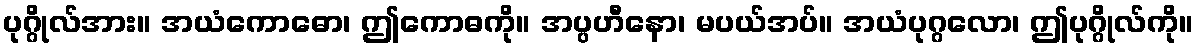
ပုဂ္ဂိုလ်အား။ အယံကောဓော၊ ဤကောဓကို။ အပ္ပဟီနော၊ မပယ်အပ်။ အယံပုဂ္ဂလော၊ ဤပုဂ္ဂိုလ်ကို။